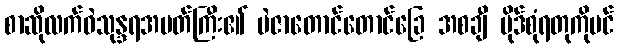
စာဆိုလက်ဝဲသုန္ဒရအမတ်ကြီး၏ မဲဇာတောင်တောင်ခြေ အစချီ ပိုဒ်စုံရတုကိုပင်